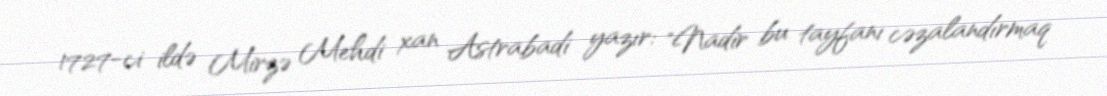
1727-ci ildə Mirzə Mehdi xan Astrabadi yazır: "Nadir bu tayfanı cəzalandırmaq